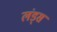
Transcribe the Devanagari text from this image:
लंड्स